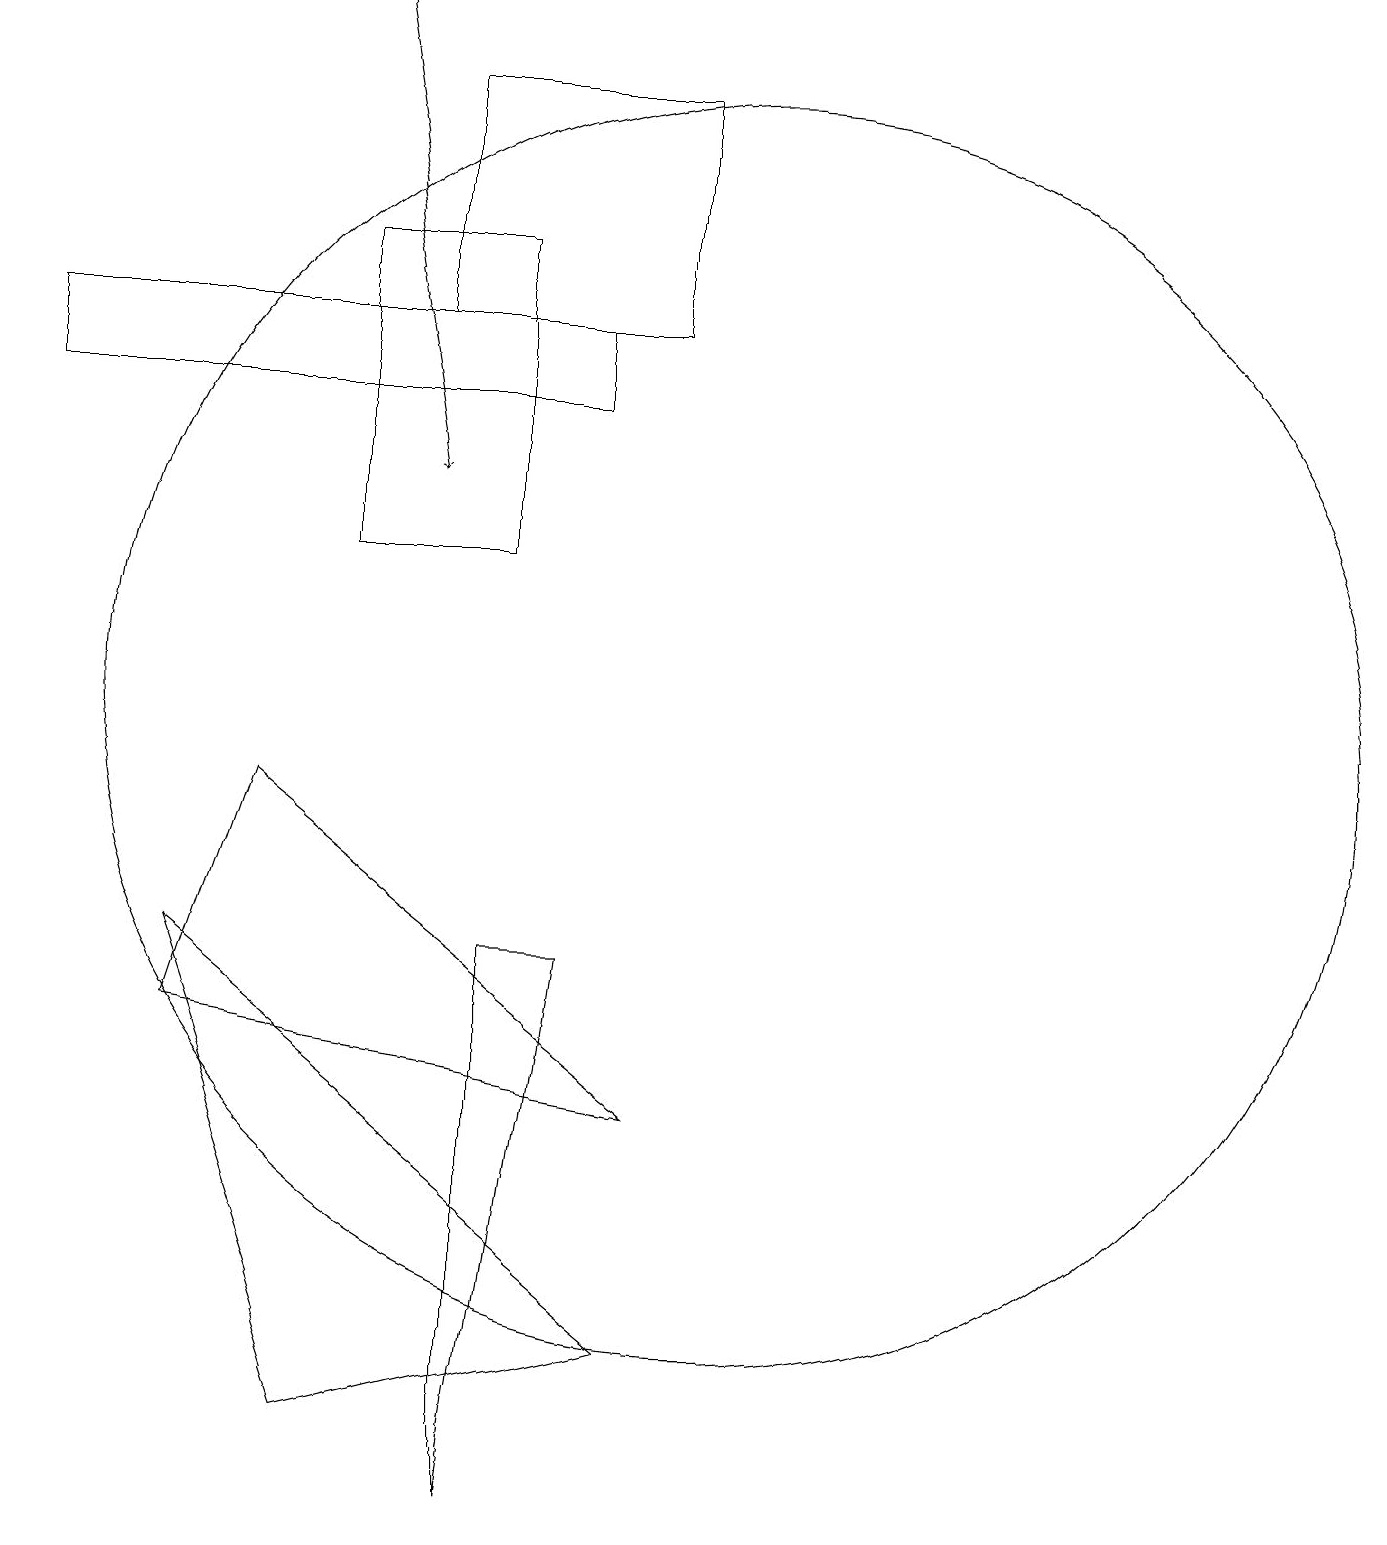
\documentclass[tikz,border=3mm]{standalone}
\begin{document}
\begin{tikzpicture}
\draw (10,10) circle (8);
\draw (5,1) -- (3,7) -- (9,2) -- cycle;
\draw[->] (5,19) -- (6,13);
\draw (8,7) -- (7,0) -- (7,7) -- cycle;
\draw (7,12) rectangle (5,16);
\draw (4,9) -- (9,5) -- (3,6) -- cycle;
\draw (8,15) rectangle (1,14);
\draw (9,18) rectangle (6,15);
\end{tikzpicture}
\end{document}